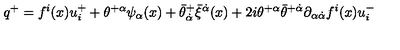
q ^ { + } = f ^ { i } ( x ) u _ { i } ^ { + } + \theta ^ { + \alpha } \psi _ { \alpha } ( x ) + \bar { \theta } _ { \dot { \alpha } } ^ { + } \bar { \xi } ^ { \dot { \alpha } } ( x ) + 2 i \theta ^ { + \alpha } \bar { \theta } ^ { + \dot { \alpha } } \partial _ { \alpha \dot { \alpha } } f ^ { i } ( x ) u _ { i } ^ { - }